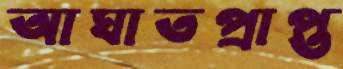
আঘাতপ্রাপ্ত